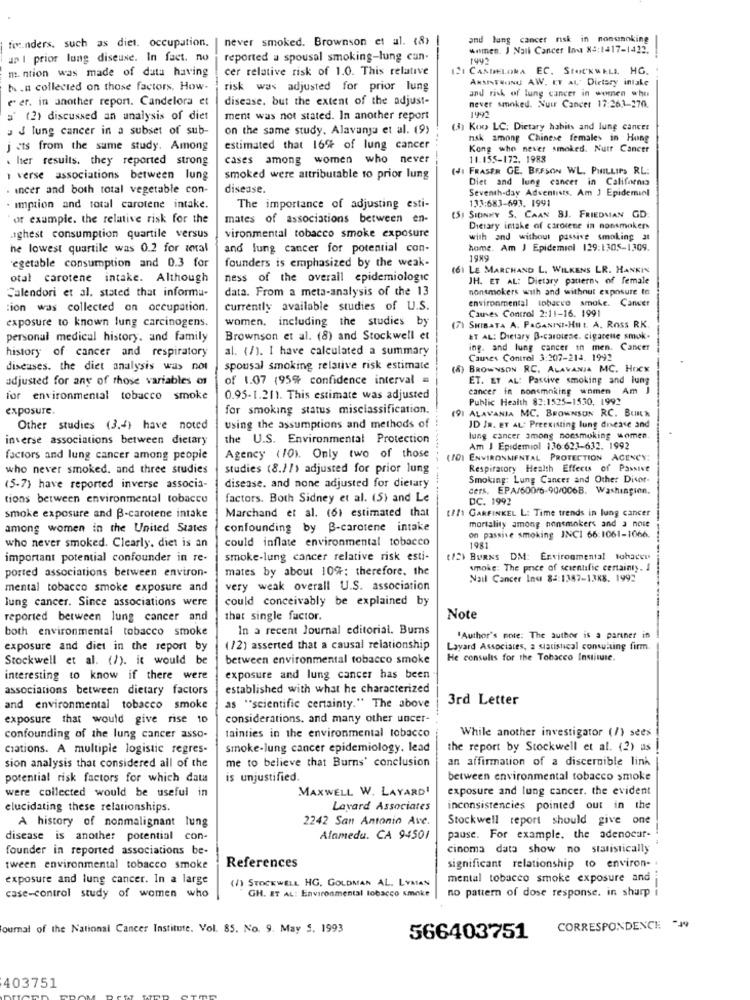
founders, such as diet. occupation.
never smoked. Brownson et al. (8)
-
and lung cancer risk in nonsmoking
women. J Nail Cancer In X3:1417-1422.
ap I prior lung disease. In fact. no
reported a spousal smoking-lung can-
194
m. ntion was made of data having
cer relative risk of 1.0. This relative
121 CANDELORA EC. STOCKWELL HG.
ANMINTHAINU AW. ET AL. Dietary intake
h .n collected on those factors, How-
risk was adjusted for prior lung
and risk of lung cancer in women who
e er. in another report. Candelora et
disease, but the extent of the adjust-
never smoked. Nuir Cancer 17:26.1-270
a (2) discussed an analysis of diet
ment was not stated. In another report
J lung cancer in a subset of sub-
on the same study, Alavanja et al. (9)
(3) Koo LC: Dietary habits and lung cancer
nak among Chinese females in Hung
j ats from the same study. Among
estimated that 16% of lung cancer
Kong who never smoked. Nutr Cancer
. her results. they reported strong
cases among women who never
11.155-172. 1988
(JI FRASER GE. BEFSON WL. PHILLIPS RL:
verse associations between lung
smoked were attributable to prior lung
Diet and lung cancer in California
. incer and both total vegetable con-
disease.
133:683-693. 1991
Seventh-day Adventists. Am J Epidemiol
. imption and total carotene intake.
The importance of adjusting esti-
or example. the relative risk for the
mates of associations between en-
SI SIDINKY S. CAAN BJ. FRIEDMAN GD
Dietary intake of carotene in nonsmokers
aghest consumption quartile versus
vironmental tobacco smoke exposure
with and without passive smoking at
he lowest quartile was 0.2 for zetal
and lung cancer for potential con-
home. Am J Epidemiol 129:1305-1309.
1989
vegetable consumption and 0.3 for
founders is emphasized by the weak-
(61 LE MARCHAND L. WILKENS LR. HANKIN
otal carotene intake. Although
ness of the overall epidemiologic
JH. ET AL: Dietary patterns of female
data. From a meta-analysis of the 13
nonsmokers with and without exposure to
Calendori et al. stated that informa-
:ion was collected on occupation.
currently available studies of U.S.
environmental tobacco smoke. Cancer
Causes Control 2:11-16. 1991
women, including the studies by
exposure to known lung carcinogens.
(71 SHIBATA A. PAGANINI-HEt. A. ROss RK
personal medical history. and family
Brownson et al. (8) and Stockwell et
ET AL: Dietary B-carotene. cigarette smok.
history of cancer and respiratory
al. (/). I have calculated a summary
ing. and lung cancer in men. Cancer
Causes Control 3:207-214. 1992
diseases. the diet analysis was not
spousal smoking relative risk estimate
(8) BROWNSON RC, ALAVANJA MC. Hocx
adjusted for any of those variables or
of 1.07 (95% confidence interval =
ET. ET AL: Passive smoking and lung
cancer in nonsmoking women Am
for environmental tobacco smoke
0.95-1.21). This estimate was adjusted
Public Health 83:1525-1530, 1992
exposure.
for smoking status misclassification.
(9) ALAVANIA MC. BROWNSON RC. BUNA
Other studies (3.4) have noted
using the assumptions and methods of
JD JR. ET AL: Preexisting lung disease and
inverse associations between dietary
the U.S. Environmental Protection
lung cancer among nonsmoking women.
Am J Epidemiol 136:623-632. 1992
factors and lung cancer among people
Agency (10). Only two of those
(IO1 ENVIRONMENTAL PROTECTION ACENCY
who never smoked, and three studies
studies (8.//> adjusted for prior lung
Respiratory Health Effects of Passive
Smoking: Lung Cancer and Other Disor-
(5-7) have reported inverse associa-
disease. and none adjusted for dietary
cers. EPA/60016-90/006B. Washingion.
tions between environmental tobacco
factors. Both Sidney et al. (5) and Le
DC. 1992
Marchand et al. (6) estimated that
[I]\ GARFINKEL L: Time trends in lung cancer
smoke exposure and B-carotene intake
mortality among nonsmokers and 3 note
among women in the United States
confounding by B-carotene intake
could inflate environmental tobacco
on passive smoking INCI 66:1061-1066.
who never smoked. Clearly, diet is an
1981
important potential confounder in re-
smoke-lung cancer relative risk esti-
(2) BURNS DM: Environmental tohacer
mates by about 10%; therefore, the
smoke: The price of scientific certainty. J
ported associations between environ-
Nail Cancer Inu 85:1387-13K8. 1992
mental tobacco smoke exposure and
very weak overall U.S. association
lung cancer. Since associations were
could conceivably be explained by
reported between lung cancer and
that single factor.
Note
both environmental tobacco smoke
In a recent Journal editorial. Burns
"Author's note: The author is a partner in
exposure and diet in the report by
(/2) asserted that a causal relationship
Layard Associates, a statistical consulting firm.
Stockwell et al. (/). it would be
between environmental tobacco smoke
He consults for the Tobacco Institute.
interesting to know if there were
exposure and lung cancer has been
associations between dietary factors
established with what he characterized
3rd Letter
and environmental tobacco smoke
as ""scientific certainty." The above
exposure that would give rise 10
considerations, and many other uncer-
While another investigator (/) sees
confounding of the lung cancer asso-
tainties in the environmental tobacco
ciations. A multiple logistic regres-
smoke-lung cancer epidemiology, lead
the report by Stockwell et al. (2) as
me to believe that Burns' conclusion
an affirmation of a discernible link
sion analysis that considered all of the
potential risk factors for which data
is unjustified.
between environmental tobacco smoke
were collected would be useful in
MAXWELL W. LAYARD!
exposure and lung cancer. the evident
elucidating these relationships.
Lavard Associates
inconsistencies pointed out in the
A history of nonmalignant lung
2242 San Antonio Ave.
Stockwell report should give one
disease is another potential con-
Alameda. CA 94501
pause. For example, the adenocar-
founder in reported associations be-
cinoma data show no statistically
References
tween environmental tobacco smoke
significant relationship to environ -.
exposure and lung cancer. In a large
(/) STOCKWELL HG. GOLDMAN AL. LYMAN
mental tobacco smoke exposure and
GH. ET AL: Environmental tobacco smoke
no pattern of dose response. in sharp
case-control study of women who
journal of the National Cancer Institute. Vol. 85. No. 9. May S. 1993
CORRESPONDENCE --
566403751
403751